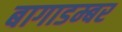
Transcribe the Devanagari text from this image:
बागाडम्बर